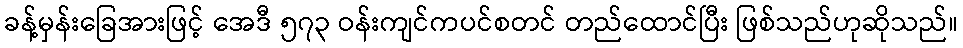
ခန့်မှန်းခြေအားဖြင့် အေဒီ ၅၇၃ ဝန်းကျင်ကပင်စတင် တည်ထောင်ပြီး ဖြစ်သည်ဟုဆိုသည်။